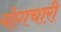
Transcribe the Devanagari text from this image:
योगचारी